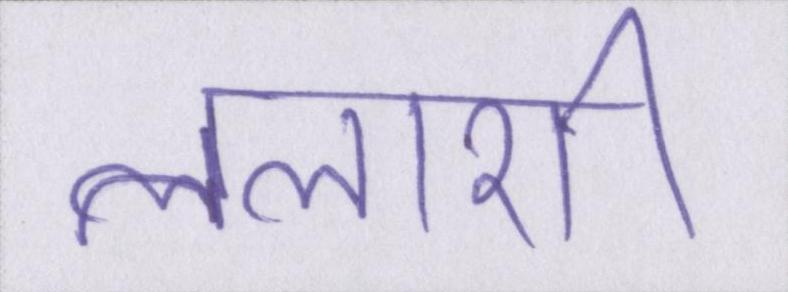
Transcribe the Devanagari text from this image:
तलाशी